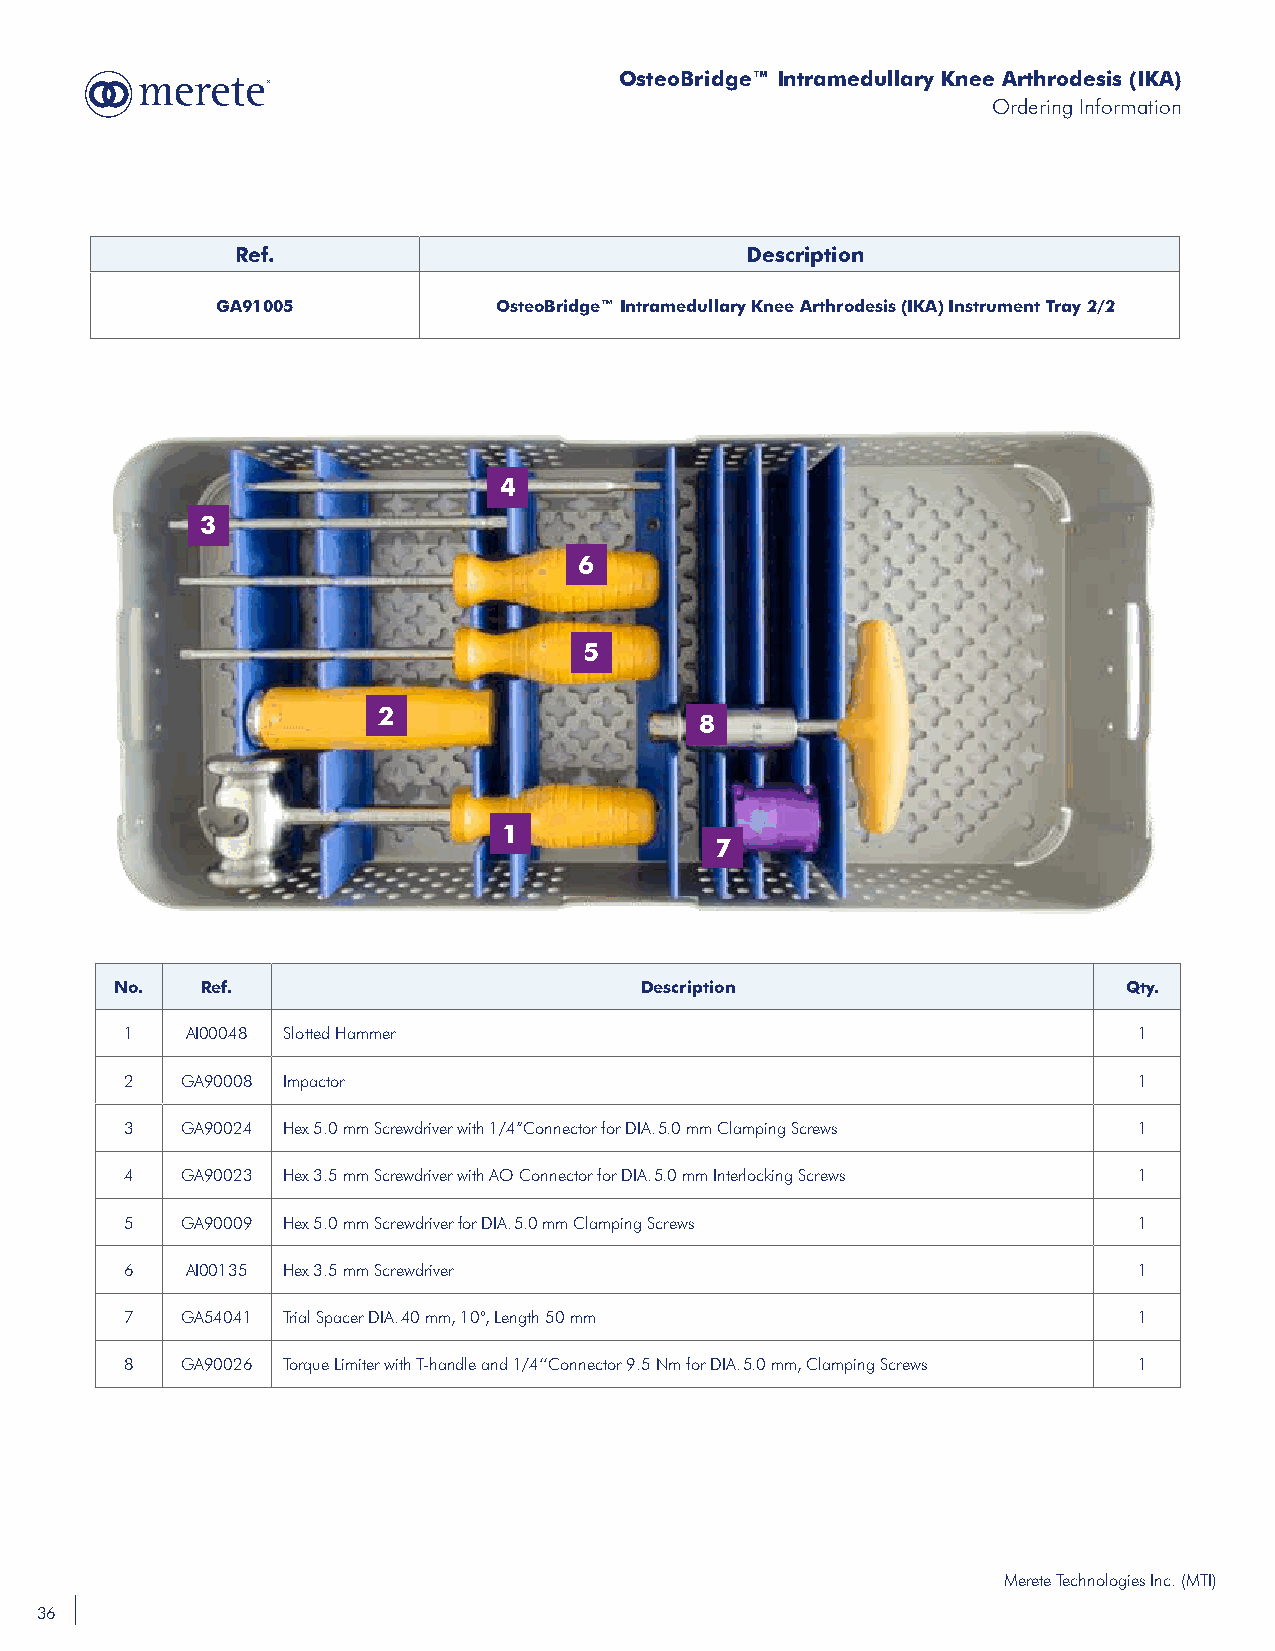
OsteoBridge™ Intramedullary Knee Arthrodesis (IKA)
 Ordering Information
 Ref.                             Description
 GA91005            OsteoBridge™ Intramedullary Knee Arthrodesis (IKA) Instrument Tray 2/2
 4
 3
 6
 5
 2
 8
 1
 7
 No.  Ref.                         Description                      Qty.
 1   AI00048 Slotted Hammer                                         1
 2   GA90008 Impactor                                               1
 3   GA90024 Hex 5.0 mm Screwdriver with 1/4“Connector for DIA. 5.0 mm Clamping Screws 1
 4   GA90023 Hex 3.5 mm Screwdriver with AO Connector for DIA. 5.0 mm Interlocking Screws 1
 5   GA90009 Hex 5.0 mm Screwdriver for DIA. 5.0 mm Clamping Screws 1
 6   AI00135 Hex 3.5 mm Screwdriver                                 1
 7   GA54041 Trial Spacer DIA. 40 mm, 10°, Length 50 mm             1
 8   GA90026 Torque Limiter with T-handle and 1/4‘‘Connector 9.5 Nm for DIA. 5.0 mm, Clamping Screws 1
 Merete Technologies Inc. (MTI)
 36